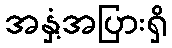
အနှံ့အပြားရှိ